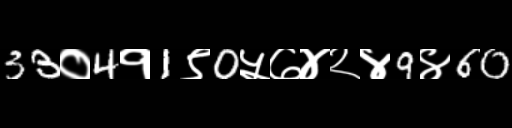
Text: 33०4१1९0५७४२४9४60